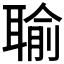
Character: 𦖭